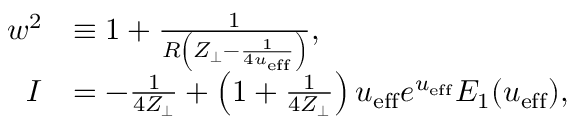
\begin{array} { r l } { w ^ { 2 } } & { \equiv 1 + \frac { 1 } { R \left( Z _ { \perp } - \frac { 1 } { 4 u _ { \mathrm { e f f } } } \right) } , } \\ { I } & { = - \frac { 1 } { 4 Z _ { \perp } } + \left( 1 + \frac { 1 } { 4 Z _ { \perp } } \right) u _ { \mathrm { e f f } } e ^ { u _ { \mathrm { e f f } } } E _ { 1 } ( u _ { \mathrm { e f f } } ) , } \end{array}